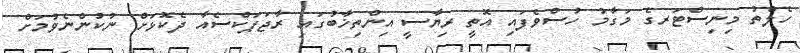
ހެލްތު މިނިސްޓަރގެ މަގާމު ހުސްވެފައި އޮތީ ރިޔާސީ އިންތިޚާބުގައި ރާޖަޕަކްސެއާ ދެކޮޅަށް ނުކުންނެވުމަށް